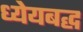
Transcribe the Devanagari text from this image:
ध्येयबद्ध